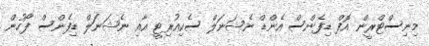
މިނިސްޓްރީން އޮފް ޑިފެންސް އެންޑް ނެޝަނަލް ސެކިއުރިޓީ އާއި ނެޝަނަލް ޑިފެންސް ފޯހުން